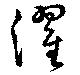
濯